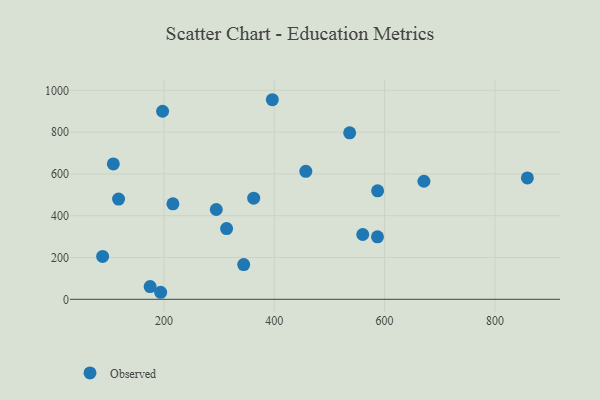
{"axis": {"x": "Price", "y": "Rating"}, "legend": ["Observed"], "data": [{"x": "117.8", "y": 479.8, "type": "Observed"}, {"x": "88.9", "y": 205.0, "type": "Observed"}, {"x": "216.3", "y": 457.0, "type": "Observed"}, {"x": "362.7", "y": 484.1, "type": "Observed"}, {"x": "108.3", "y": 647.7, "type": "Observed"}, {"x": "344.6", "y": 166.4, "type": "Observed"}, {"x": "194.1", "y": 33.6, "type": "Observed"}, {"x": "587.1", "y": 299.0, "type": "Observed"}, {"x": "294.9", "y": 429.8, "type": "Observed"}, {"x": "396.5", "y": 955.2, "type": "Observed"}, {"x": "197.6", "y": 900.0, "type": "Observed"}, {"x": "560.4", "y": 310.1, "type": "Observed"}, {"x": "313.6", "y": 338.4, "type": "Observed"}, {"x": "671.3", "y": 565.1, "type": "Observed"}, {"x": "457.2", "y": 612.7, "type": "Observed"}, {"x": "175.0", "y": 60.7, "type": "Observed"}, {"x": "858.8", "y": 581.1, "type": "Observed"}, {"x": "587.4", "y": 519.2, "type": "Observed"}, {"x": "536.7", "y": 797.0, "type": "Observed"}]}